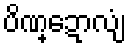
ပိဏ္ဍောလျံ